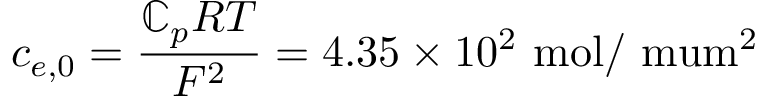
c _ { e , 0 } = \frac { \mathbb { C } _ { p } R T } { F ^ { 2 } } = 4 . 3 5 \times 1 0 ^ { 2 } ~ \mathrm { m o l / \ m u m ^ { 2 } }